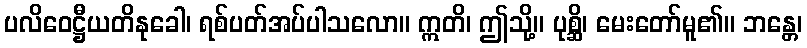
ပလိဝေဋ္ဌီယတိနုခေါ၊ ရစ်ပတ်အပ်ပါသလော။ ဣတိ၊ ဤသို့။ ပုစ္ဆိ၊ မေးတော်မူ၏။ ဘန္တေ၊